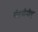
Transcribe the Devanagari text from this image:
बीएवीपीए